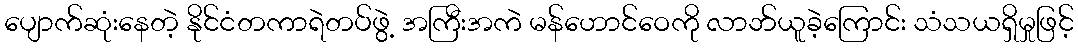
ပျောက်ဆုံးနေတဲ့ နိုင်ငံတကာရဲတပ်ဖွဲ့ အကြီးအကဲ မန်ဟောင်ဝေကို လာဘ်ယူခဲ့ကြောင်း သံသယရှိမှုဖြင့်